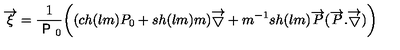
\overrightarrow { \xi } = \frac { 1 } { \textsf { P } _ { 0 } } \biggl ( ( c h ( l m ) P _ { 0 } + s h ( l m ) m ) \overrightarrow { \bigtriangledown } + m ^ { - 1 } s h ( l m ) \overrightarrow { P } ( \overrightarrow { P } . \overrightarrow { \bigtriangledown } ) \biggr )